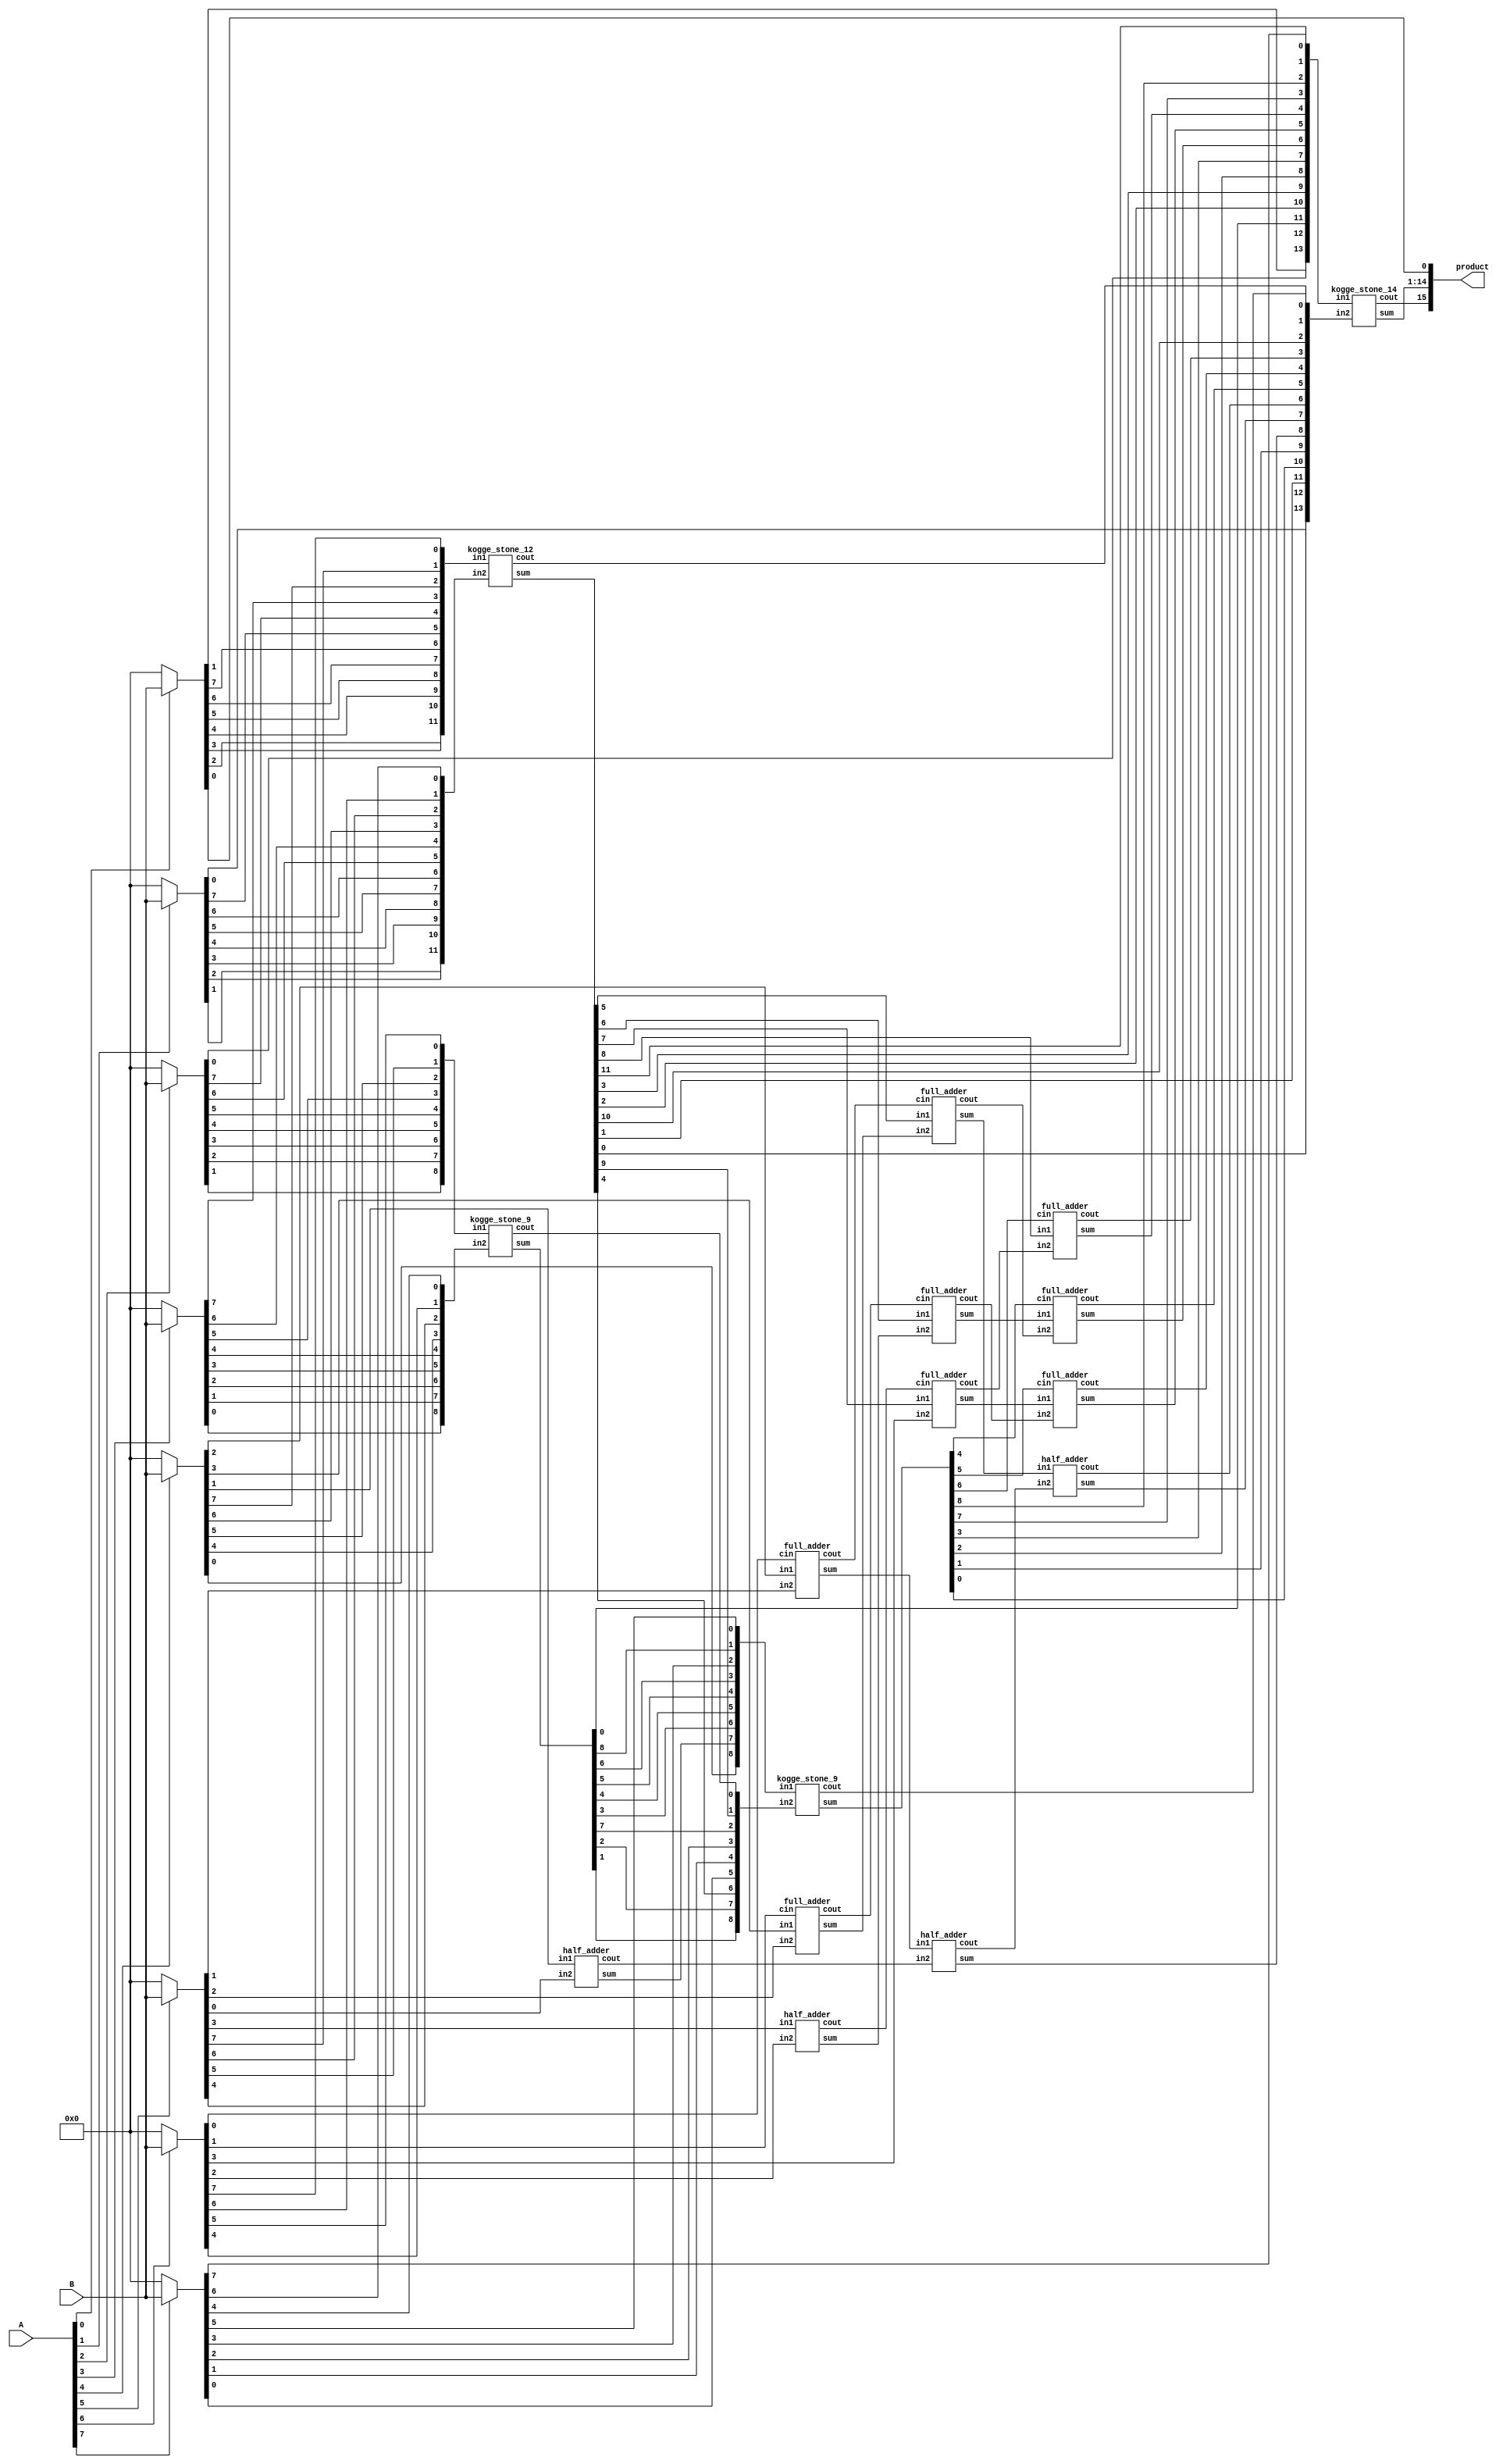
module multiplier_8bits_version8(product, A, B);

    /* This is a long version of kogge-stone adder, with partial product
     * reduction done using the longest KS adder. It also uses HAs and FAs for
     * short additions
     * Area: 1783.339948
     * Power: 0.7897
     * TIming: 1.29
     */

    input [7:0] A, B;
    output [15:0] product;

    wire [7:0] pp0, pp1, pp2, pp3, pp4, pp5, pp6, pp7;

    assign pp0 = A[0] ? B : 8'b00000000;
    assign pp1 = A[1] ? B : 8'b00000000;
    assign pp2 = A[2] ? B : 8'b00000000;
    assign pp3 = A[3] ? B : 8'b00000000;
    assign pp4 = A[4] ? B : 8'b00000000;
    assign pp5 = A[5] ? B : 8'b00000000;
    assign pp6 = A[6] ? B : 8'b00000000;
    assign pp7 = A[7] ? B : 8'b00000000;

    assign product[0] = pp0[0];

    /* Stage 1 */
    wire[11:0] s1, in1_1, in1_2;
    wire c1;
    assign in1_1 = {pp0[2],pp0[3],pp0[4],pp0[5],pp0[6],pp0[7],pp1[7],pp2[7],pp3[7],pp4[7],pp5[7],pp6[7]};
    assign in1_2 = {pp1[1],pp1[2],pp1[3],pp1[4],pp1[5],pp1[6],pp2[6],pp3[6],pp4[6],pp5[6],pp6[6],pp7[6]};
    kogge_stone_12 KS01(s1, c1, in1_1, in1_2);

    wire[8:0] s2, in2_1, in2_2;
    wire c2;
    assign in2_1 = {pp2[1],pp2[2],pp2[3],pp2[4],pp2[5],pp3[5],pp4[5],pp5[5],pp6[5]};
    assign in2_2 = {pp3[0],pp3[1],pp3[2],pp3[3],pp3[4],pp4[4],pp5[4],pp6[4],pp7[4]};
    kogge_stone_9 KS02(s2, c2, in2_1, in2_2);

    half_adder HA01(s3, c3, pp4[1], pp5[0]);
    full_adder FA01(s4, c4, pp4[2], pp5[1], pp6[0]);
    full_adder FA02(s5, c5, pp4[3], pp5[2], pp6[1]);
    half_adder HA02(s6, c6,         pp5[3], pp6[2]);

    /* Stage 2 */
    wire[8:0] s7, in7_1, in7_2;
    wire c7;
    assign in7_1 = {pp4[0], s3,    s2[3], s2[4],  s2[5],  s2[6], pp7[3], s2[8], pp7[5]};
    assign in7_2 = {s2[1],  s2[2], s1[4], pp7[0], pp7[1], pp7[2], s2[7],  s1[9], c2};
    kogge_stone_9 KS03(s7, c7, in7_1, in7_2);
    
    half_adder HA03(s8, c8, s4, c3);
    full_adder FA03(s9, c9, s1[5],  s5,     c4);
    full_adder FA04(sA, cA, s1[6], s6,     c5);
    full_adder FA05(sB, cB, s1[7], pp6[3], c6);
 
    /* Stage 3 */
    half_adder HA04(sC, cC, s9,    c8);
    full_adder FA06(sD, cD, sA,    c9, s7[4]);
    full_adder FA07(sE, cE, sB,    cA, s7[5]);
    full_adder FA08(sF, cF, s1[8], cB, s7[6]);

    /* Final Stage */
    wire[13:0] s, in_1, in_2;
    wire c;
    assign in_1 = {pp0[1],pp2[0],s2[0],s1[2],s1[3],s7[2],s7[3],sD,sE,sF,s7[7],s7[8], s1[11],pp7[7]};
    assign in_2 = {pp1[0],s1[0], s1[1],s7[0],s7[1],s8,   sC,   cC,cD,cE,cF,   s1[10],c7,    c1    };
    kogge_stone_14 KS(s, c, in_1, in_2);

    assign product[1]  = s[0];
    assign product[2]  = s[1];
    assign product[3]  = s[2];
    assign product[4]  = s[3];
    assign product[5]  = s[4];
    assign product[6]  = s[5];
    assign product[7]  = s[6];
    assign product[8]  = s[7];
    assign product[9]  = s[8];
    assign product[10] = s[9];
    assign product[11] = s[10];
    assign product[12] = s[11];
    assign product[13] = s[12];
    assign product[14] = s[13];
    assign product[15] = c;
endmodule

module half_adder(output wire sum,
                  output wire cout,
                  input wire in1,
                  input wire in2);
    xor(sum, in1, in2);
    and(cout, in1, in2);
endmodule

module full_adder(output wire sum,
                  output wire cout,
                  input wire in1,
                  input wire in2,
                  input wire cin);
    wire temp1;
    wire temp2;
    wire temp3;
    xor(sum, in1, in2, cin);
    and(temp1,in1,in2);
    and(temp2,in1,cin);
    and(temp3,in2,cin);
    or(cout,temp1,temp2,temp3);
endmodule

module kogge_stone_9(sum, cout, in1, in2);
    input [8:0] in1, in2; //input
    output [8:0] sum; //output
    output cout; //carry-out
    wire [8:0] G_Z, P_Z, //wires
    G_A, P_A,
    G_B, P_B,
    G_C, P_C,
    G_D, P_D;

    assign P_Z[0]  = in1[8]  ^ in2[8];
    assign P_Z[1]  = in1[7]  ^ in2[7];
    assign P_Z[2]  = in1[6]  ^ in2[6];
    assign P_Z[3]  = in1[5]  ^ in2[5];
    assign P_Z[4]  = in1[4]  ^ in2[4];
    assign P_Z[5]  = in1[3]  ^ in2[3];
    assign P_Z[6]  = in1[2]  ^ in2[2];
    assign P_Z[7]  = in1[1]  ^ in2[1];
    assign P_Z[8]  = in1[0]  ^ in2[0];    

    assign G_Z[0]  = in1[8]  & in2[8];
    assign G_Z[1]  = in1[7]  & in2[7];
    assign G_Z[2]  = in1[6]  & in2[6];
    assign G_Z[3]  = in1[5]  & in2[5];
    assign G_Z[4]  = in1[4]  & in2[4];
    assign G_Z[5]  = in1[3]  & in2[3];
    assign G_Z[6] = in1[2]  & in2[2];
    assign G_Z[7] = in1[1]  & in2[1];
    assign G_Z[8] = in1[0]  & in2[0];

    /*level 1*/
    assign G_A[0] = G_Z[0];
    black_cell level_1A(G_Z[0],  P_Z[1],  G_Z[1],  P_Z[0],  G_A[1],  P_A[1]);
    black_cell level_2A(G_Z[1],  P_Z[2],  G_Z[2],  P_Z[1],  G_A[2],  P_A[2]);
    black_cell level_3A(G_Z[2],  P_Z[3],  G_Z[3],  P_Z[2],  G_A[3],  P_A[3]);
    black_cell level_4A(G_Z[3],  P_Z[4],  G_Z[4],  P_Z[3],  G_A[4],  P_A[4]);
    black_cell level_5A(G_Z[4],  P_Z[5],  G_Z[5],  P_Z[4],  G_A[5],  P_A[5]);
    black_cell level_6A(G_Z[5],  P_Z[6],  G_Z[6],  P_Z[5],  G_A[6],  P_A[6]);
    black_cell level_7A(G_Z[6],  P_Z[7],  G_Z[7],  P_Z[6],  G_A[7],  P_A[7]);
    black_cell level_8A(G_Z[7],  P_Z[8],  G_Z[8],  P_Z[7],  G_A[8],  P_A[8]);


    /*level 2*/
    assign G_B[1] = G_A[1];
    gray_cell level_2B(G_A[0],   P_A[2],  G_A[2],  G_B[2]);
    black_cell level_3B(G_A[1],  P_A[3],  G_A[3],  P_A[1],  G_B[3],  P_B[3]);
    black_cell level_4B(G_A[2],  P_A[4],  G_A[4],  P_A[2],  G_B[4],  P_B[4]);
    black_cell level_5B(G_A[3],  P_A[5],  G_A[5],  P_A[3],  G_B[5],  P_B[5]);
    black_cell level_6B(G_A[4],  P_A[6],  G_A[6],  P_A[4],  G_B[6],  P_B[6]);
    black_cell level_7B(G_A[5],  P_A[7],  G_A[7],  P_A[5],  G_B[7],  P_B[7]);
    black_cell level_8B(G_A[6],  P_A[8],  G_A[8],  P_A[6],  G_B[8],  P_B[8]);


    /*level 3*/
    assign G_C[3] = G_B[3];
    gray_cell level_4C(G_A[0],   P_B[4],  G_B[4],  G_C[4]);
    gray_cell level_5C(G_B[1],   P_B[5],  G_B[5],  G_C[5]);
    gray_cell level_6C(G_B[2],   P_B[6],  G_B[6],  G_C[6]);
    black_cell level_7C(G_B[3],  P_B[7],  G_B[7],  P_B[3],  G_C[7],  P_C[7]);
    black_cell level_8C(G_B[4],  P_B[8],  G_B[8],  P_B[4],  G_C[8],  P_C[8]);

    /*level 4*/
    assign G_D[7] = G_C[7];
    gray_cell level_8D(G_A[0],   P_C[8],   G_C[8],           cout);

    /*outputs*/
    assign sum[0]  =           P_Z[0];
    assign sum[1]  = G_A[0]  ^ P_Z[1];
    assign sum[2]  = G_B[1]  ^ P_Z[2];
    assign sum[3]  = G_B[2]  ^ P_Z[3];
    assign sum[4]  = G_C[3]  ^ P_Z[4];
    assign sum[5]  = G_C[4]  ^ P_Z[5];
    assign sum[6]  = G_C[5]  ^ P_Z[6];
    assign sum[7]  = G_C[6]  ^ P_Z[7];
    assign sum[8]  = G_D[7]  ^ P_Z[8];
endmodule

module kogge_stone_12(sum, cout, in1, in2);
    input [11:0] in1, in2; //input
    output [11:0] sum; //output
    output cout; //carry-out
    wire [11:0] G_Z, P_Z, //wires
    G_A, P_A,
    G_B, P_B,
    G_C, P_C,
    G_D, P_D;

    assign P_Z[0]  = in1[11] ^ in2[11];
    assign P_Z[1]  = in1[10] ^ in2[10];
    assign P_Z[2]  = in1[9]  ^ in2[9];
    assign P_Z[3]  = in1[8]  ^ in2[8];
    assign P_Z[4]  = in1[7]  ^ in2[7];
    assign P_Z[5]  = in1[6]  ^ in2[6];
    assign P_Z[6]  = in1[5]  ^ in2[5];
    assign P_Z[7]  = in1[4]  ^ in2[4];
    assign P_Z[8]  = in1[3]  ^ in2[3];
    assign P_Z[9]  = in1[2]  ^ in2[2];
    assign P_Z[10] = in1[1]  ^ in2[1];
    assign P_Z[11] = in1[0]  ^ in2[0];    

    assign G_Z[0]  = in1[11] & in2[11];
    assign G_Z[1]  = in1[10] & in2[10];
    assign G_Z[2]  = in1[9]  & in2[9];
    assign G_Z[3]  = in1[8]  & in2[8];
    assign G_Z[4]  = in1[7]  & in2[7];
    assign G_Z[5]  = in1[6]  & in2[6];
    assign G_Z[6]  = in1[5]  & in2[5];
    assign G_Z[7]  = in1[4]  & in2[4];
    assign G_Z[8]  = in1[3]  & in2[3];
    assign G_Z[9]  = in1[2]  & in2[2];
    assign G_Z[10] = in1[1]  & in2[1];
    assign G_Z[11] = in1[0]  & in2[0];

    /*level 1*/
    assign G_A[0] = G_Z[0];
    black_cell level_1A(G_Z[0],  P_Z[1],  G_Z[1],  P_Z[0],  G_A[1],  P_A[1]);
    black_cell level_2A(G_Z[1],  P_Z[2],  G_Z[2],  P_Z[1],  G_A[2],  P_A[2]);
    black_cell level_3A(G_Z[2],  P_Z[3],  G_Z[3],  P_Z[2],  G_A[3],  P_A[3]);
    black_cell level_4A(G_Z[3],  P_Z[4],  G_Z[4],  P_Z[3],  G_A[4],  P_A[4]);
    black_cell level_5A(G_Z[4],  P_Z[5],  G_Z[5],  P_Z[4],  G_A[5],  P_A[5]);
    black_cell level_6A(G_Z[5],  P_Z[6],  G_Z[6],  P_Z[5],  G_A[6],  P_A[6]);
    black_cell level_7A(G_Z[6],  P_Z[7],  G_Z[7],  P_Z[6],  G_A[7],  P_A[7]);
    black_cell level_8A(G_Z[7],  P_Z[8],  G_Z[8],  P_Z[7],  G_A[8],  P_A[8]);
    black_cell level_9A(G_Z[8],  P_Z[9],  G_Z[9],  P_Z[8],  G_A[9],  P_A[9]);
    black_cell level_AA(G_Z[9],  P_Z[10], G_Z[10], P_Z[9],  G_A[10], P_A[10]);
    black_cell level_BA(G_Z[10], P_Z[11], G_Z[11], P_Z[10], G_A[11], P_A[11]);

    /*level 2*/
    assign G_B[1] = G_A[1];
    gray_cell level_2B(G_A[0],   P_A[2],  G_A[2],  G_B[2]);
    black_cell level_3B(G_A[1],  P_A[3],  G_A[3],  P_A[1],  G_B[3],  P_B[3]);
    black_cell level_4B(G_A[2],  P_A[4],  G_A[4],  P_A[2],  G_B[4],  P_B[4]);
    black_cell level_5B(G_A[3],  P_A[5],  G_A[5],  P_A[3],  G_B[5],  P_B[5]);
    black_cell level_6B(G_A[4],  P_A[6],  G_A[6],  P_A[4],  G_B[6],  P_B[6]);
    black_cell level_7B(G_A[5],  P_A[7],  G_A[7],  P_A[5],  G_B[7],  P_B[7]);
    black_cell level_8B(G_A[6],  P_A[8],  G_A[8],  P_A[6],  G_B[8],  P_B[8]);
    black_cell level_9B(G_A[7],  P_A[9],  G_A[9],  P_A[7],  G_B[9],  P_B[9]);
    black_cell level_AB(G_A[8],  P_A[10], G_A[10], P_A[8],  G_B[10], P_B[10]);
    black_cell level_BB(G_A[9],  P_A[11], G_A[11], P_A[9],  G_B[11], P_B[11]);

    /*level 3*/
    assign G_C[3] = G_B[3];
    gray_cell level_4C(G_A[0],   P_B[4],  G_B[4],  G_C[4]);
    gray_cell level_5C(G_B[1],   P_B[5],  G_B[5],  G_C[5]);
    gray_cell level_6C(G_B[2],   P_B[6],  G_B[6],  G_C[6]);
    black_cell level_7C(G_B[3],  P_B[7],  G_B[7],  P_B[3],  G_C[7],  P_C[7]);
    black_cell level_8C(G_B[4],  P_B[8],  G_B[8],  P_B[4],  G_C[8],  P_C[8]);
    black_cell level_9C(G_B[5],  P_B[9],  G_B[9],  P_B[5],  G_C[9],  P_C[9]);
    black_cell level_AC(G_B[6],  P_B[10], G_B[10], P_B[6],  G_C[10], P_C[10]);
    black_cell level_BC(G_B[7],  P_B[11], G_B[11], P_B[7],  G_C[11], P_C[11]);

    /*level 4*/
    assign G_D[7] = G_C[7];
    gray_cell level_8D(G_A[0],   P_C[8],   G_C[8],           G_D[8]);
    gray_cell level_9D(G_B[1],   P_C[9],   G_C[9],           G_D[9]);
    gray_cell level_AD(G_B[2],   P_C[10],  G_C[10],          G_D[10]);
    gray_cell level_BD(G_C[3],   P_C[11],  G_C[11],          cout);

    /*outputs*/
    assign sum[0]  =           P_Z[0];
    assign sum[1]  = G_A[0]  ^ P_Z[1];
    assign sum[2]  = G_B[1]  ^ P_Z[2];
    assign sum[3]  = G_B[2]  ^ P_Z[3];
    assign sum[4]  = G_C[3]  ^ P_Z[4];
    assign sum[5]  = G_C[4]  ^ P_Z[5];
    assign sum[6]  = G_C[5]  ^ P_Z[6];
    assign sum[7]  = G_C[6]  ^ P_Z[7];
    assign sum[8]  = G_D[7]  ^ P_Z[8];
    assign sum[9]  = G_D[8]  ^ P_Z[9];
    assign sum[10] = G_D[9]  ^ P_Z[10];
    assign sum[11] = G_D[10] ^ P_Z[11];
endmodule

module kogge_stone_14(sum, cout, in1, in2);
    input [13:0] in1, in2; //input
    output [13:0] sum; //output
    output cout; //carry-out
    wire [13:0] G_Z, P_Z, //wires
    G_A, P_A,
    G_B, P_B,
    G_C, P_C,
    G_D, P_D,
    G_E, P_E,
    G_F, P_F;

    assign P_Z[0]  = in1[13] ^ in2[13];
    assign P_Z[1]  = in1[12] ^ in2[12];
    assign P_Z[2]  = in1[11] ^ in2[11];
    assign P_Z[3]  = in1[10] ^ in2[10];
    assign P_Z[4] = in1[9]  ^ in2[9];
    assign P_Z[5] = in1[8]  ^ in2[8];
    assign P_Z[6] = in1[7]  ^ in2[7];
    assign P_Z[7] = in1[6]  ^ in2[6];
    assign P_Z[8] = in1[5]  ^ in2[5];
    assign P_Z[9] = in1[4]  ^ in2[4];
    assign P_Z[10] = in1[3]  ^ in2[3];
    assign P_Z[11] = in1[2]  ^ in2[2];
    assign P_Z[12] = in1[1]  ^ in2[1];
    assign P_Z[13] = in1[0]  ^ in2[0];

    assign G_Z[0]  = in1[13] & in2[13];
    assign G_Z[1]  = in1[12] & in2[12];
    assign G_Z[2]  = in1[11] & in2[11];
    assign G_Z[3]  = in1[10] & in2[10];
    assign G_Z[4] = in1[9]  & in2[9];
    assign G_Z[5] = in1[8]  & in2[8];
    assign G_Z[6] = in1[7]  & in2[7];
    assign G_Z[7] = in1[6]  & in2[6];
    assign G_Z[8] = in1[5]  & in2[5];
    assign G_Z[9] = in1[4]  & in2[4];
    assign G_Z[10] = in1[3]  & in2[3];
    assign G_Z[11] = in1[2]  & in2[2];
    assign G_Z[12] = in1[1]  & in2[1];
    assign G_Z[13] = in1[0]  & in2[0];

    /*level 1*/
    assign G_A[0] = G_Z[0];
    black_cell level_1A(G_Z[0],  P_Z[1],  G_Z[1],  P_Z[0],  G_A[1],  P_A[1]);
    black_cell level_2A(G_Z[1],  P_Z[2],  G_Z[2],  P_Z[1],  G_A[2],  P_A[2]);
    black_cell level_3A(G_Z[2],  P_Z[3],  G_Z[3],  P_Z[2],  G_A[3],  P_A[3]);
    black_cell level_4A(G_Z[3],  P_Z[4],  G_Z[4],  P_Z[3],  G_A[4],  P_A[4]);
    black_cell level_5A(G_Z[4],  P_Z[5],  G_Z[5],  P_Z[4],  G_A[5],  P_A[5]);
    black_cell level_6A(G_Z[5],  P_Z[6],  G_Z[6],  P_Z[5],  G_A[6],  P_A[6]);
    black_cell level_7A(G_Z[6],  P_Z[7],  G_Z[7],  P_Z[6],  G_A[7],  P_A[7]);
    black_cell level_8A(G_Z[7],  P_Z[8],  G_Z[8],  P_Z[7],  G_A[8],  P_A[8]);
    black_cell level_9A(G_Z[8],  P_Z[9],  G_Z[9],  P_Z[8],  G_A[9],  P_A[9]);
    black_cell level_AA(G_Z[9],  P_Z[10], G_Z[10], P_Z[9],  G_A[10], P_A[10]);
    black_cell level_BA(G_Z[10], P_Z[11], G_Z[11], P_Z[10], G_A[11], P_A[11]);
    black_cell level_CA(G_Z[11], P_Z[12], G_Z[12], P_Z[11], G_A[12], P_A[12]);
    black_cell level_DA(G_Z[12], P_Z[13], G_Z[13], P_Z[12], G_A[13], P_A[13]);

    /*level 2*/
    assign G_B[1] = G_A[1];
    gray_cell level_2B(G_A[0],   P_A[2],  G_A[2],  G_B[2]);
    black_cell level_3B(G_A[1],  P_A[3],  G_A[3],  P_A[1],  G_B[3],  P_B[3]);
    black_cell level_4B(G_A[2],  P_A[4],  G_A[4],  P_A[2],  G_B[4],  P_B[4]);
    black_cell level_5B(G_A[3],  P_A[5],  G_A[5],  P_A[3],  G_B[5],  P_B[5]);
    black_cell level_6B(G_A[4],  P_A[6],  G_A[6],  P_A[4],  G_B[6],  P_B[6]);
    black_cell level_7B(G_A[5],  P_A[7],  G_A[7],  P_A[5],  G_B[7],  P_B[7]);
    black_cell level_8B(G_A[6],  P_A[8],  G_A[8],  P_A[6],  G_B[8],  P_B[8]);
    black_cell level_9B(G_A[7],  P_A[9],  G_A[9],  P_A[7],  G_B[9],  P_B[9]);
    black_cell level_AB(G_A[8],  P_A[10], G_A[10], P_A[8],  G_B[10], P_B[10]);
    black_cell level_BB(G_A[9],  P_A[11], G_A[11], P_A[9],  G_B[11], P_B[11]);
    black_cell level_CB(G_A[10], P_A[12], G_A[12], P_A[10], G_B[12], P_B[12]);
    black_cell level_DB(G_A[11], P_A[13], G_A[13], P_A[11], G_B[13], P_B[13]);

    /*level 3*/
    assign G_C[3] = G_B[3];
    gray_cell level_4C(G_A[0],   P_B[4],  G_B[4],  G_C[4]);
    gray_cell level_5C(G_B[1],   P_B[5],  G_B[5],  G_C[5]);
    gray_cell level_6C(G_B[2],   P_B[6],  G_B[6],  G_C[6]);
    black_cell level_7C(G_B[3],  P_B[7],  G_B[7],  P_B[3],  G_C[7],  P_C[7]);
    black_cell level_8C(G_B[4],  P_B[8],  G_B[8],  P_B[4],  G_C[8],  P_C[8]);
    black_cell level_9C(G_B[5],  P_B[9],  G_B[9],  P_B[5],  G_C[9],  P_C[9]);
    black_cell level_AC(G_B[6],  P_B[10], G_B[10], P_B[6],  G_C[10], P_C[10]);
    black_cell level_BC(G_B[7],  P_B[11], G_B[11], P_B[7],  G_C[11], P_C[11]);
    black_cell level_CC(G_B[8],  P_B[12], G_B[12], P_B[8],  G_C[12], P_C[12]);
    black_cell level_DC(G_B[9],  P_B[13], G_B[13], P_B[9],  G_C[13], P_C[13]);

    /*level 4*/
    assign G_D[7] = G_C[7];
    gray_cell level_8D(G_A[0],    P_C[8],   G_C[8],            G_D[8]);
    gray_cell level_9D(G_B[1],    P_C[9],   G_C[9],            G_D[9]);
    gray_cell level_AD(G_B[2],    P_C[10],  G_C[10],           G_D[10]);
    gray_cell level_BD(G_C[3],    P_C[11],  G_C[11],           G_D[11]);
    gray_cell level_CD(G_C[4],    P_C[12],  G_C[12],           G_D[12]);
    gray_cell level_DD(G_C[5],    P_C[13],  G_C[13],           cout);

    /*outputs*/
    assign sum[0]  =           P_Z[0];
    assign sum[1]  = G_A[0]  ^ P_Z[1];
    assign sum[2]  = G_B[1]  ^ P_Z[2];
    assign sum[3]  = G_B[2]  ^ P_Z[3];
    assign sum[4]  = G_C[3]  ^ P_Z[4];
    assign sum[5]  = G_C[4]  ^ P_Z[5];
    assign sum[6]  = G_C[5]  ^ P_Z[6];
    assign sum[7]  = G_C[6]  ^ P_Z[7];
    assign sum[8]  = G_D[7]  ^ P_Z[8];
    assign sum[9]  = G_D[8]  ^ P_Z[9];
    assign sum[10] = G_D[9]  ^ P_Z[10];
    assign sum[11] = G_D[10] ^ P_Z[11];
    assign sum[12] = G_D[11] ^ P_Z[12];
    assign sum[13] = G_D[12] ^ P_Z[13];
endmodule

module gray_cell(Gk_j, Pi_k, Gi_k, G);
    input Gk_j, Pi_k, Gi_k;
    output G;
    wire Y;
    and(Y, Gk_j, Pi_k);
    or(G, Y, Gi_k);
endmodule

module black_cell(Gk_j, Pi_k, Gi_k, Pk_j, G, P);
    input Gk_j, Pi_k, Gi_k, Pk_j;
    output G, P;
    wire Y;
    and(Y, Gk_j, Pi_k);
    or(G, Gi_k, Y);
    and(P, Pk_j, Pi_k);
endmodule